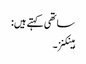
ساتھی کہتے ہیں:
ہینکنز۔